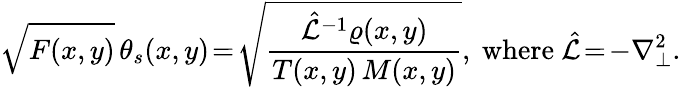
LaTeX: \sqrt{F(x,y)}\, \theta_{s}(x,y)\! =\! \sqrt{\frac{\hat{\mathcal{L}}^{-1}\varrho(x,y)}{T(x,y)\, M(x,y)}},~\textrm{where}~\hat{\mathcal{L}}\! =\! -\nabla_{\perp}^{2}.